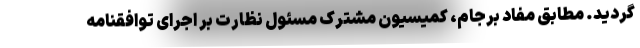
گردید. مطابق مفاد برجام، کمیسیون مشترک مسئول نظارت بر اجرای توافقنامه